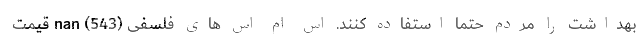
بهداشت را مردم حتما استفاده کنند. اس ام اس های فلسفی (543) nan قیمت